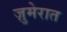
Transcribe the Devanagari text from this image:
ज़ुमेरात